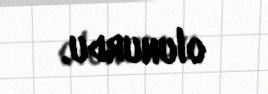
olunurdu.